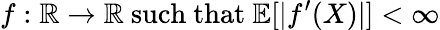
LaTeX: f:\mathbb{R}\to\mathbb{R}{\mathrm{~such~that~}}\mathbb{E}[|f^{\prime}(X)|]<\infty